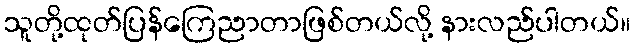
သူတို့ထုတ်ပြန်ကြေညာတာဖြစ်တယ်လို့ နားလည်ပါတယ်။